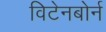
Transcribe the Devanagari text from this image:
विटेनबोर्न